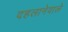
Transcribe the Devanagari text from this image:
दहलानेवाले